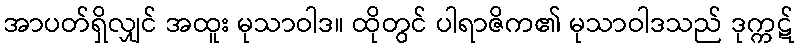
အာပတ်ရှိလျှင် အထူး မုသာဝါဒ။ ထိုတွင် ပါရာဇိက၏ မုသာဝါဒသည် ဒုက္ကဋ်